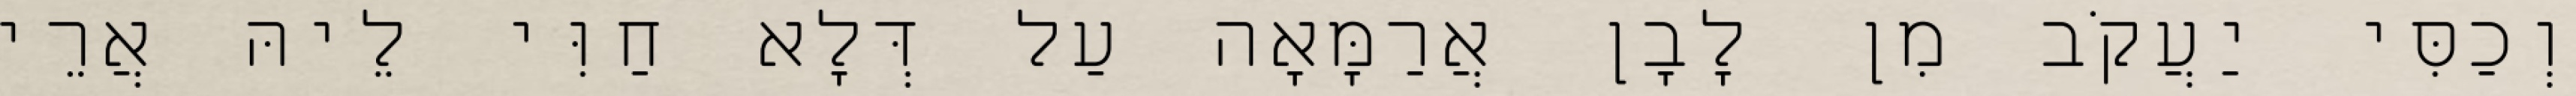
וְכַסִּי יַעֲקֹב מִן לָבָן אֲרַמָּאָה עַל דְּלָא חַוִּי לֵיהּ אֲרֵי